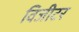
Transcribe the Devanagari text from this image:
विजीटर